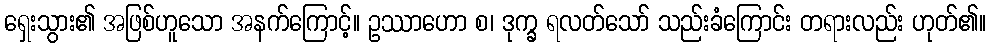
ရှေးသွား၏ အဖြစ်ဟူသော အနက်ကြောင့်။ ဥဿာဟော စ၊ ဒုက္ခ ရလတ်သော် သည်းခံကြောင်း တရားလည်း ဟုတ်၏။